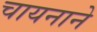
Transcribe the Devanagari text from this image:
चायनाने